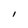
Character: I